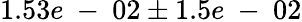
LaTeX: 1.53e\mathrm{~-~}02\pm 1.5e\mathrm{~-~}02